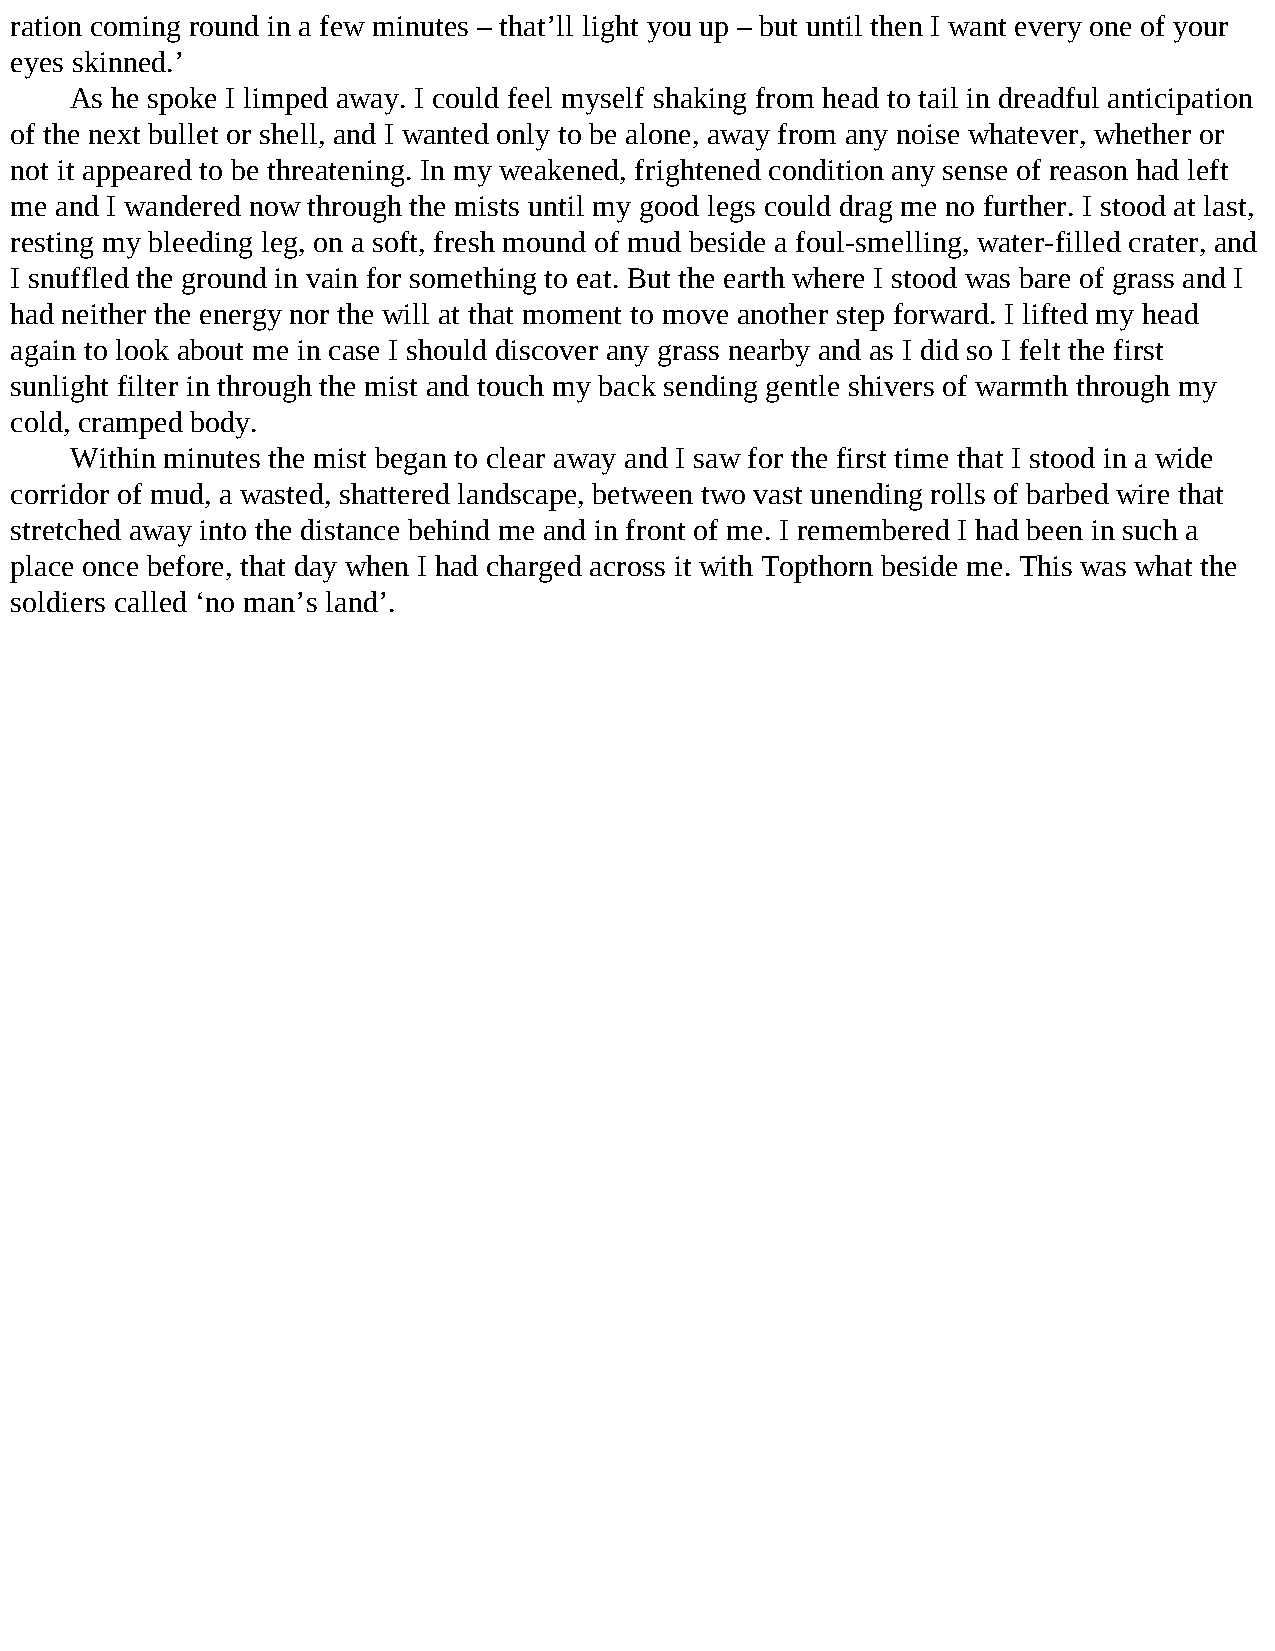
ration coming round in a few minutes – that’ll light you up – but until then I want every one of your
 eyes skinned.’
 As he spoke I limped away. I could feel myself shaking from head to tail in dreadful anticipation
 of the next bullet or shell, and I wanted only to be alone, away from any noise whatever, whether or
 not it appeared to be threatening. In my weakened, frightened condition any sense of reason had left
 me and I wandered now through the mists until my good legs could drag me no further. I stood at last,
 resting my bleeding leg, on a soft, fresh mound of mud beside a foul-smelling, water-filled crater, and
 I snuffled the ground in vain for something to eat. But the earth where I stood was bare of grass and I
 had neither the energy nor the will at that moment to move another step forward. I lifted my head
 again to look about me in case I should discover any grass nearby and as I did so I felt the first
 sunlight filter in through the mist and touch my back sending gentle shivers of warmth through my
 cold, cramped body.
 Within minutes the mist began to clear away and I saw for the first time that I stood in a wide
 corridor of mud, a wasted, shattered landscape, between two vast unending rolls of barbed wire that
 stretched away into the distance behind me and in front of me. I remembered I had been in such a
 place once before, that day when I had charged across it with Topthorn beside me. This was what the
 soldiers called ‘no man’s land’.